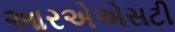
આરએએસટી